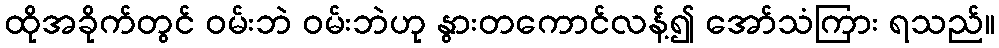
ထိုအခိုက်တွင် ဝမ်းဘဲ ဝမ်းဘဲဟု နွားတကောင်လန့်၍ အော်သံကြား ရသည်။